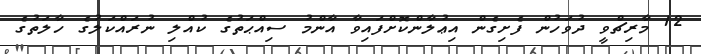
12 މާރިޗްވީ ދުވަހުން ފެށިގެން އިޢުލާންކޮށްފައިވާ އާންމު ސިއްޙަތުގެ ކުއްލި ނުރައްކަލުގެ ހާލަތުގެ